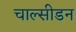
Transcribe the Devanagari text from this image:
चाल्सीडन